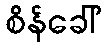
စိန်ခေါ်